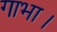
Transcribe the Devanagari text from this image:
गाभा।